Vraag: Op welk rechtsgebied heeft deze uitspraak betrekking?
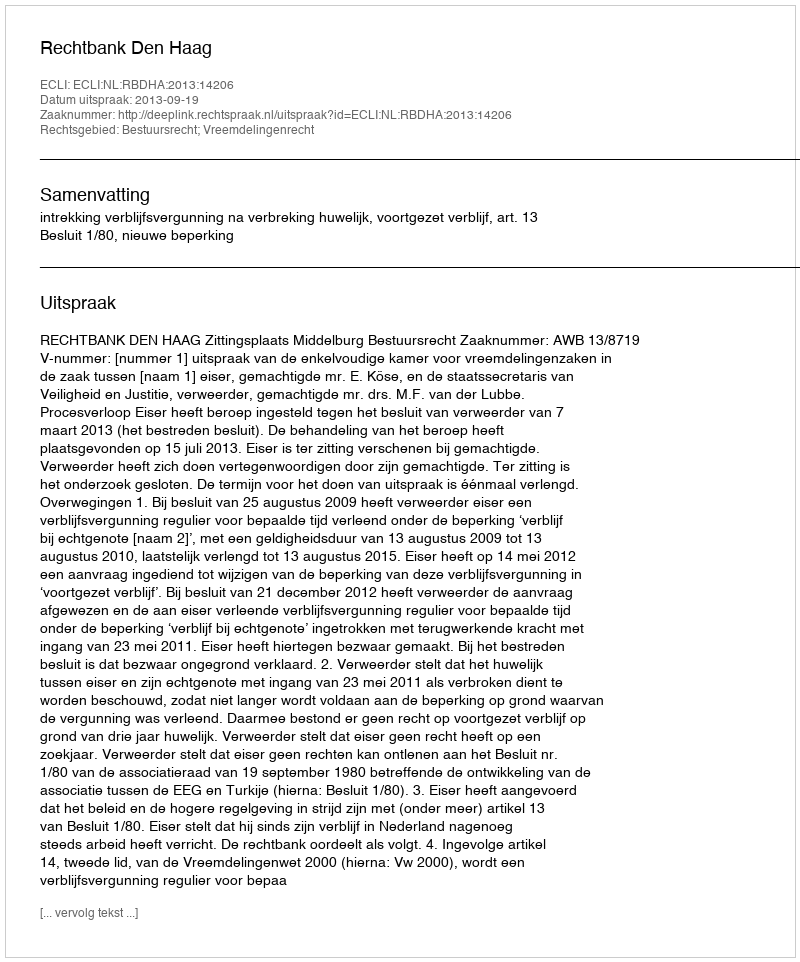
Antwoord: Bestuursrecht; Vreemdelingenrecht